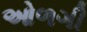
ઓળગી